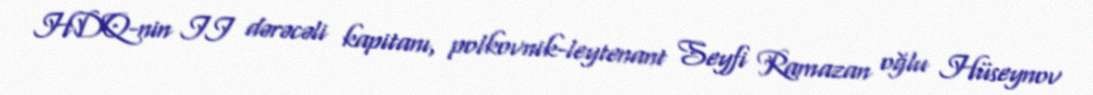
HDQ-nin II dərəcəli kapitanı, polkovnik-leytenant Seyfi Ramazan oğlu Hüseynov